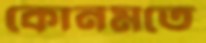
কোনমতে